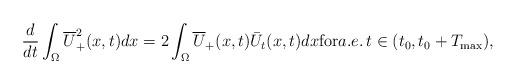
LaTeX: \begin{align*}\frac{d}{dt}\int_{\Omega}\overline U_+^2(x,t)dx=2\int_{\Omega}\overline U_+(x,t)\bar U_t(x,t)dx{\rm for}a.e.\, t\in (t_0,t_0+T_{\max}),\end{align*}